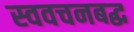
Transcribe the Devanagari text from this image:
स्ववचनबद्ध